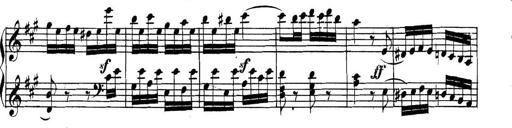
Title: Collected Piano Sonatas
Composer: Muzio Clementi